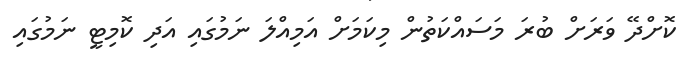
ކޮށްދޭ ވަރަށް ބުރަ މަސައްކަތުން މިކަމަށް އަމިއްލަ ނަމުގައި އަދި ކޮމިޓީ ނަމުގައި